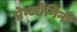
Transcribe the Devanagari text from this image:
प्रेम्जोगिनी